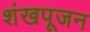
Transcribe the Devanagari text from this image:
शंखपूजन